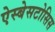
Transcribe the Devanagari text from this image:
ऐस्बेसटोसिस